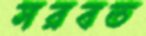
সরবত